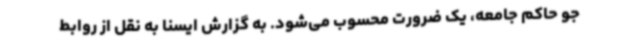
جو حاکم جامعه، یک ضرورت محسوب می‌شود. به گزارش ایسنا به نقل از روابط